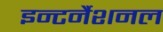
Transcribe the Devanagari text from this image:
इन्टर्नैशनल